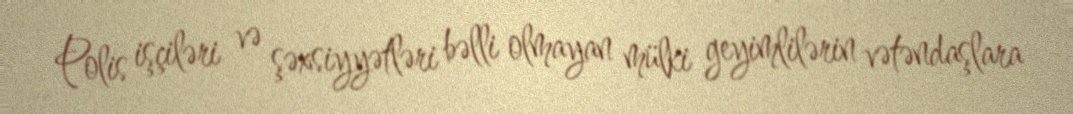
Polis işçiləri və şəxsiyyətləri bəlli olmayan mülki geyimlilərin vətəndaşlara